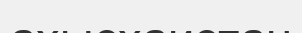
ахысхаистан